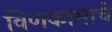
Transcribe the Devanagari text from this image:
विणकामाचे